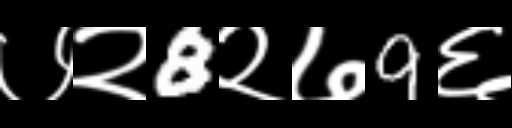
Text: ७२8२७9६